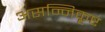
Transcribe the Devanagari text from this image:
असन्निकृष्ट